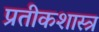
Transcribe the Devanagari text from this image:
प्रतीकशास्त्र